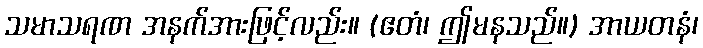
သမာသရဏ အနက်အားဖြင့်လည်း။ (ဧတံ၊ ဤမနသည်။) အာယတနံ၊